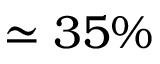
\simeq 3 5 \%